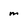
Character: m